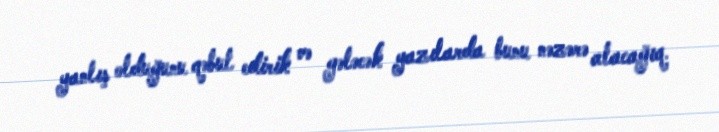
yanlış olduğunu qəbul edirik və gələcək yazılarda bunu nəzərə alacağıq.